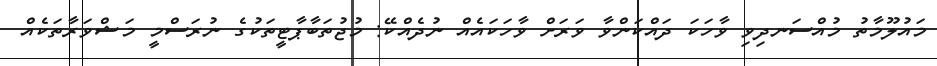
މައުލޫމާތު މުއްސަނދިވި ވާހަކަ ދައްކަންވާ ވަރަށް ވާހަކައެއް ނުދެއްކޭ: މުޖުތަބާޕާޓީތަކުގެ ނުރަސްމީ މަޝްވަރާތަކެއް